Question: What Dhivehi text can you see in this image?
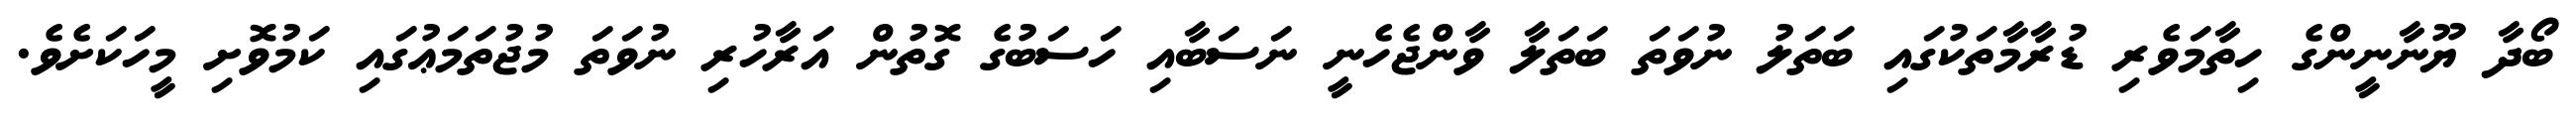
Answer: ބޯދާ ޔޫނާނީންގެ ހިތާމަވެރި ޑުރާމާތަކުގައި ބަތަލު ނުވަތަ ބަތަލާ ވާންޖެހެނީ ނަސަބާއި ހަސަބުގެ ގޮތުން އަރާހުރި ނުވަތަ މުޖުތަމަޢުގައި ކަމުވޮށި މީހަކަށެވެ.